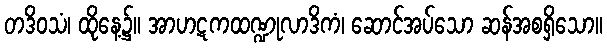
တဒိဝသံ၊ ထိုနေ့၌။ အာဟဋကထဏ္ဍုလာဒိကံ၊ ဆောင်အပ်သော ဆန်အစရှိသော။